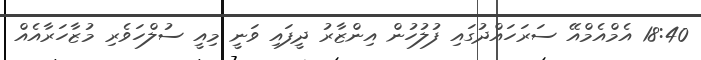
18:40 އެމްއެމްއޭ ސަރަހައްދުގައި ފުލުހުން އިންޒާރު ދީފައި ވަނީ މިއީ ސުލްހަވެރި މުޒާހަރާއެއް